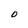
Character: 0